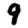
Digit: 9